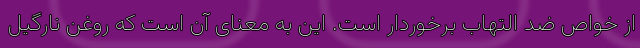
از خواص ضد التهاب برخوردار است. این به معنای آن است که روغن نارگیل